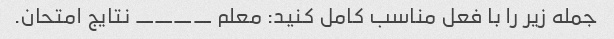
جمله زیر را با فعل مناسب کامل کنید: معلم ____ نتایج امتحان.